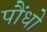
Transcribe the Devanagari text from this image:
पौंधो